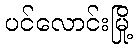
ပင်လောင်းမြို့